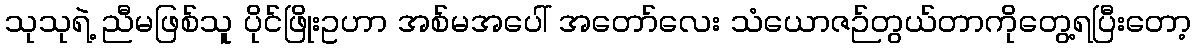
သုသုရဲ့ ညီမဖြစ်သူ ပိုင်ဖြိုးဥဟာ အစ်မအပေါ် အတော်လေး သံယောဇဉ်တွယ်တာကိုတွေ့ရပြီးတော့